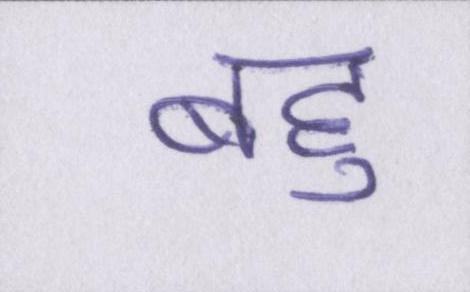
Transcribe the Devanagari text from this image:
बहु